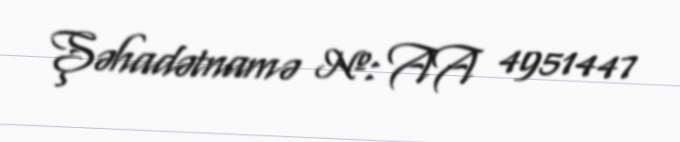
Şəhadətnamə №: AA 4951447